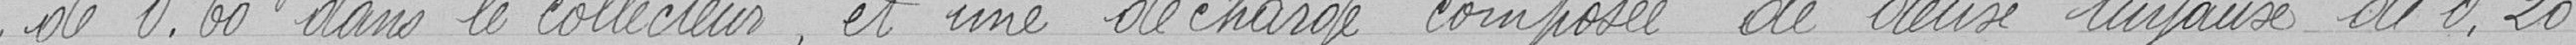
de 0,60 dans le collecteur, et une décharge composée de deux tuyaux de 0,20